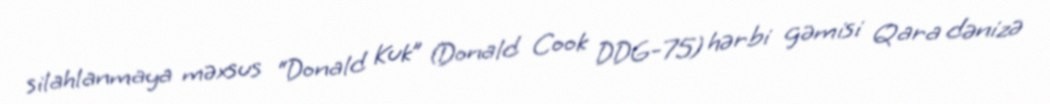
silahlanmaya məxsus “Donald Kuk” (Donald Cook DDG-75) hərbi gəmisi Qara dənizə